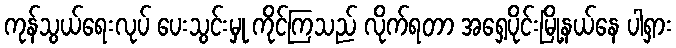
ကုန်သွယ်ရေးလုပ် ပေးသွင်းမှု ကိုင်ကြသည် လိုက်ရတာ အရှေ့ပိုင်းမြို့နယ်နေ ပါရှား